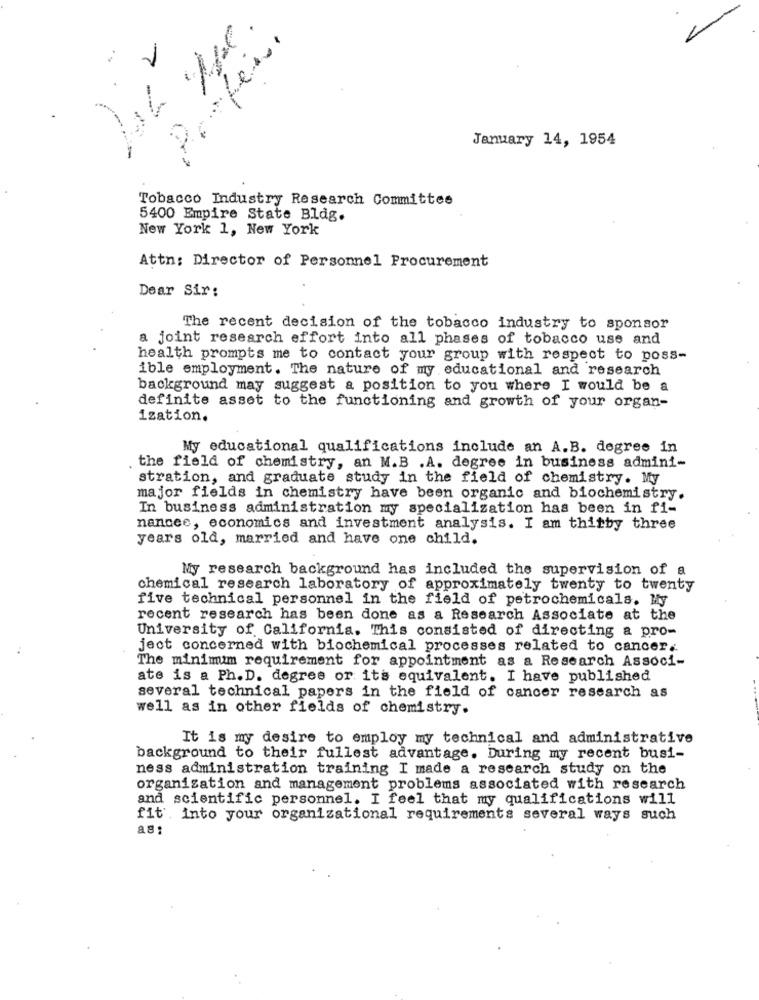
..
1
January 14, 1954
-
Tobacco Industry Research Committee
5400 Empire State Bldg.
New York 1, New York
Attn: Director of Personnel Procurement
Dear Sir:
The recent decision of the tobacco industry to sponsor
a joint research effort into all phases of tobacco use and
health prompts me to contact your group with respect to poss-
ible employment. The nature of my educational and research
background may suggest a position to you where I would be a
definite asset to the functioning and growth of your organ-
ization.
My educational qualifications include an A.B. degree in
the field of chemistry, an M.B .A. degree in business admini-
stration, and graduate study in the field of chemistry. My
major fields in chemistry have been organic and biochemistry.
In business administration my specialization has been in fi-
nancee, economics and investment analysis. I am thitby three
years old, married and have one child.
My research background has included the supervision of a
chemical research laboratory of approximately twenty to twenty
five technical personnel in the field of petrochemicals. My
recent research has been done as a Research Associate at the
University of California. This consisted of directing a pro-
ject concerned with biochemical processes related to cancer.
The minimum requirement for appointment as a Research Associ-
ate is a Ph.D. degree or its equivalent. I have published
several technical papers in the field of cancer research as
well as in other fields of chemistry.
It is my desire to employ my technical and administrative
background to their fullest advantage. During my recent busi-
ness administration training I made a research study on the
organisation and management problems associated with research
and scientific personnel. I feel that my qualifications will
fit'. into your organizational requirements several ways such
ag: